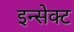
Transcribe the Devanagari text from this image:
इन्सेक्ट